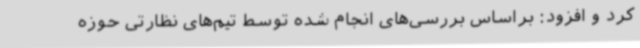
کرد و افزود: براساس بررسی‌های انجام شده توسط تیم‌های نظارتی حوزه